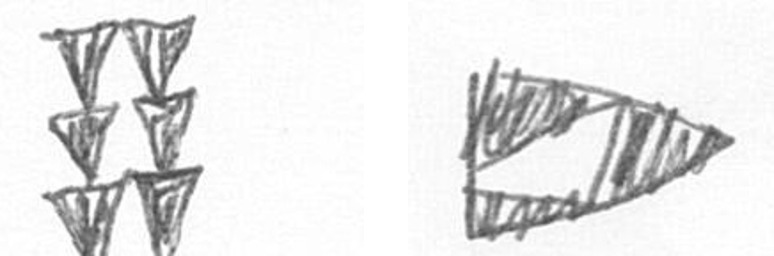
Y K